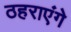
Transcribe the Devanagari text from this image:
ठहराएंगे